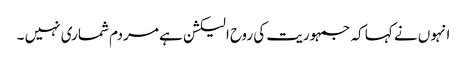
انہوں نے کہا کہ جمہوریت کی روح الیکشن ہے مردم شماری نہیں ۔